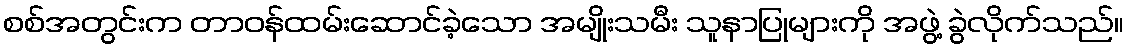
စစ်အတွင်းက တာဝန်ထမ်းဆောင်ခဲ့သော အမျိုးသမီး သူနာပြုများကို အဖွဲ့ ခွဲလိုက်သည်။